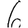
Digit: 6